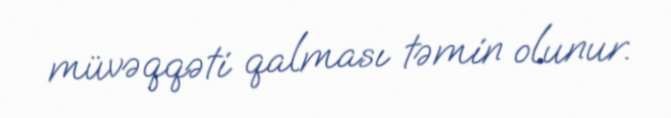
müvəqqəti qalması təmin olunur.